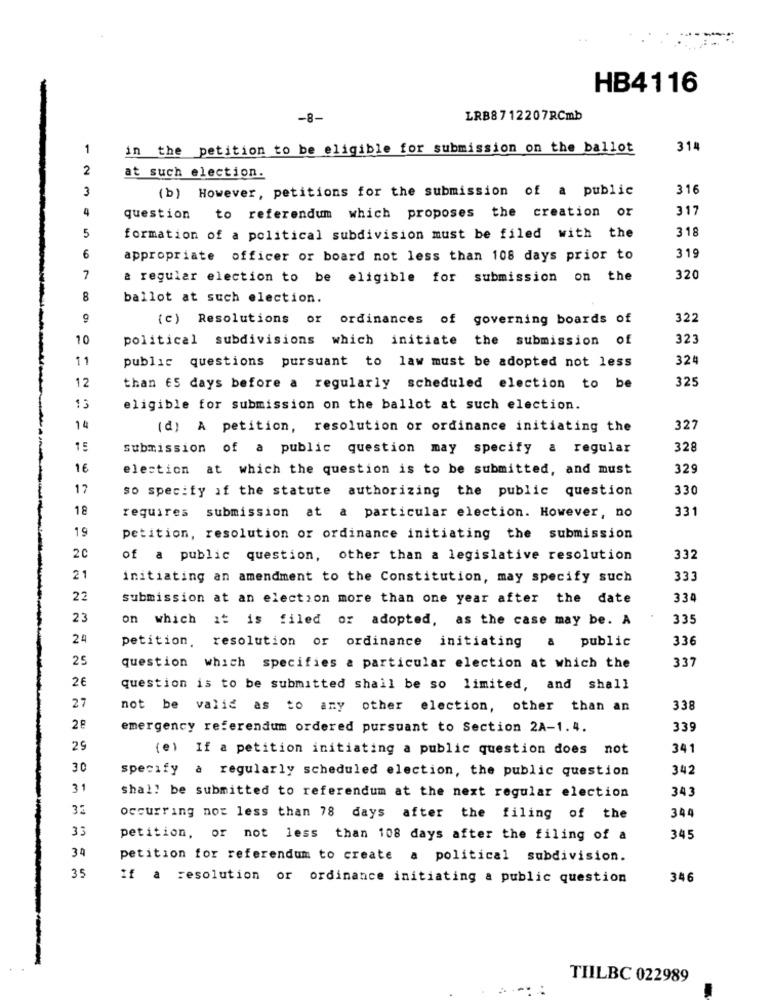
HB4116
-8-
LRB8712207RCmb
1
in the petition to be eligible for submission on the ballot
314
2
at such election.
3
(b) However, petitions for the submission of a public
316
4
317
question to referendum which proposes the creation or
318
5
formation of a political subdivision must be filed with the
6
appropriate officer or board not less than 108 days prior to
319
7
a regular election to be eligible for submission on the
320
8
ballot at such election.
(c) Resolutions or
ordinances of governing boards of
322
10
political subdivisions which initiate the submission of
323
11
public questions pursuant to law must be adopted not less
324
325
12
than €5 days before a regularly scheduled election to be
13
eligible for submission on the ballot at such election.
14
(d) A petition, resolution or ordinance initiating the
327
15
submission of a public question may specify a regular
328
16
election at which the question is to be submitted, and must
329
17
so specify if the statute authorizing the public question
330
18
331
requires submission at a particular election. However, no
19
petition, resolution or ordinance initiating the submission
20
of a public question, other than a legislative resolution
332
21
initiating an amendment to the Constitution, may specify such
333
22
submission at an election more than one year after the date
334
23
on which it is filed or adopted, as the case may be. A
335
24
336
petition, resolution or ordinance initiating a public
25
337
question which specifies a particular election at which the
26
question is to be submitted shall be so limited, and shall
27
not be valid as to any other election, other than an
338
emergency referendum ordered pursuant to Section 2A-1.4.
339
29
(e) If a petition initiating a public question does not
341
30
specify a regularly scheduled election, the public question
342
31
343
shall be submitted to referendum at the next regular election
32
344
occurring not less than 78 days after the filing of the
33
petition, or not less than 108 days after the filing of a
345
34
petition for referendum to create a political subdivision.
35
If a resolution
or ordinance initiating a public question
346
TIILBC 022989
-.